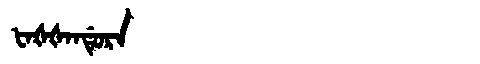
Manchu: ᡶᠠᡧᡧᠠᠨᡩᡠᡵᠠ
Romanization: FAŠŠANDURA